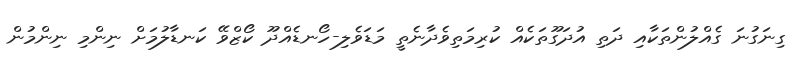
ގިނަގުނަ ގެއްލުންތަކާއި ދަތި އުދަގޫތަކެއް ކުރިމަތިވެދާނެތީ މަޑަވެލި-ހޯނޑެއްދޫ ކޯޒްވޭ ކަނޑާލުމަށް ނިންމި ނިންމުން